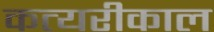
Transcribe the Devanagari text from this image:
कत्यरीकाल